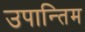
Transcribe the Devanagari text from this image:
उपान्तिम